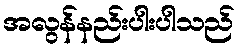
အလွန်နည်းပါးပါသည်